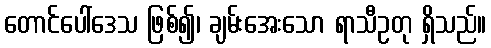
တောင်ပေါ်ဒေသ ဖြစ်၍၊ ချမ်းအေးသော ရာသီဥတု ရှိသည်။